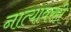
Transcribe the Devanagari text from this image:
नात्यावरही